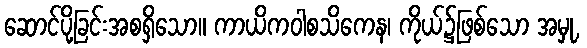
ဆောင်ပို့ခြင်းအစရှိသော။ ကာယိကဝါစသိကေန၊ ကိုယ်၌ဖြစ်သော အမှု,